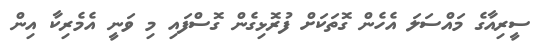
ސީރިއާގެ މައްސަލަ އެހެން ގޮތަކަށް ފުރޮޅިގެން ގޮސްފައި މި ވަނީ އެމެރިކާ އިން